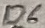
Text: D6